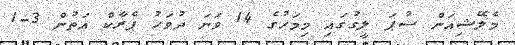
މެލޭޝިއަން ސުޕަ ލީގުގައި މިމަހުގެ 14 ވަނަ ދުވަހު ޕެރާކް އަތުން 3-1